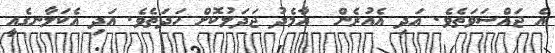
އެ ޖައްސަވަތެވެ. އަދި އެއުރެން  އާމެދު ޖަދަލުކޮށް ހަދަތެވެ. އަދި އެކަލާނގެއީ